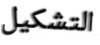
التشكيل